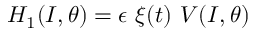
H _ { 1 } ( I , \theta ) = \epsilon \ \xi ( t ) \ { \cal V } ( I , \theta )